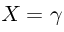
X = \gamma